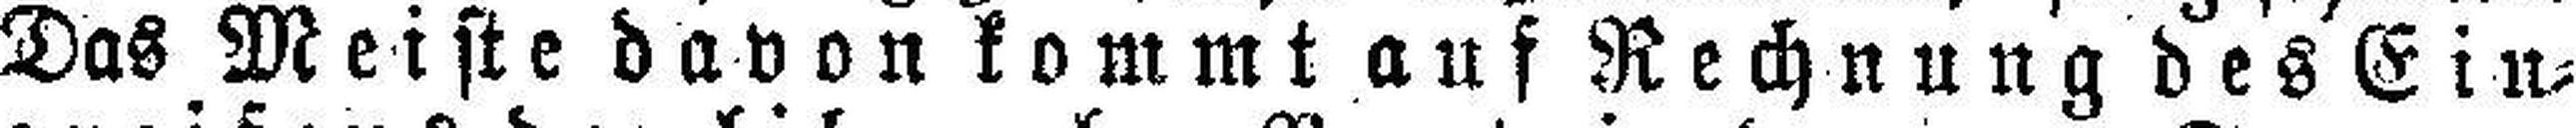
Das Meiste davon kommt auf Rechnung des Ein¬